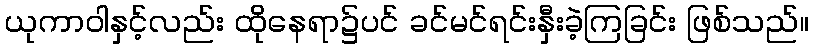
ယုကာဝါနှင့်လည်း ထိုနေရာ၌ပင် ခင်မင်ရင်းနှီးခဲ့ကြခြင်း ဖြစ်သည်။